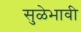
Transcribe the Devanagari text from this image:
सुळेभावी